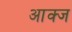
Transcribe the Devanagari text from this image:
आक्ज